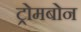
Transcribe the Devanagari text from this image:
ट्रोमबोन